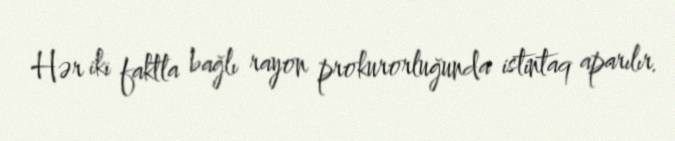
Hər iki faktla bağlı rayon prokurorluğunda istintaq aparılır.